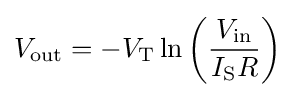
V_{\text{out}}=-V_{\text{T}}\ln \left({\frac {V_{\text{in}}}{I_{\text{S}}R}}\right)